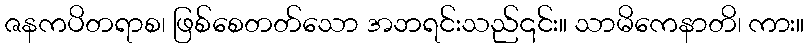
ဇနကပိတရာစ၊ ဖြစ်စေတတ်သော အဘရင်းသည်၎င်း။ သာမိကေနာတိ၊ ကား။